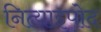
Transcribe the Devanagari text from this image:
नित्याइपोद